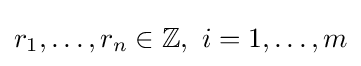
r_{1},\dots ,r_{n}\in \mathbb {Z} ,\ i=1,\dots ,m